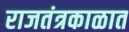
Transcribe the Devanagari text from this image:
राजतंत्रकाळात